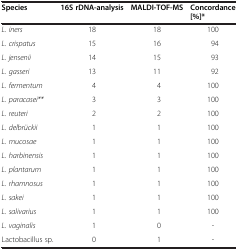
| Species | 16S rDNA-analysis | MALDI-TOF-MS | Concordance [%]* |
 | --- | --- | --- | --- |
 | L. iners | 18 | 18 | 100 |
 | L. crispatus | 15 | 16 | 94 |
 | L. jensenii | 14 | 15 | 93 |
 | L. gasseri | 13 | 11 | 92 |
 | L. fermentum | 4 | 4 | 100 |
 | L. paracasei** | 3 | 3 | 100 |
 | L. reuteri | 2 | 2 | 100 |
 | L. delbrückii | 1 | 1 | 100 |
 | L. mucosae | 1 | 1 | 100 |
 | L. harbinensis | 1 | 1 | 100 |
 | L. plantarum | 1 | 1 | 100 |
 | L. rhamnosus | 1 | 1 | 100 |
 | L. sakei | 1 | 1 | 100 |
 | L. salivarius | 1 | 1 | 100 |
 | L. vaginalis | 1 | 0 | - |
 | Lactobacillus sp. | 0 | 1 | - |